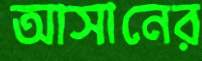
আসানের